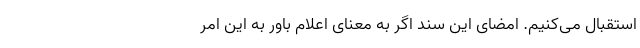
استقبال می‌کنیم. امضای این سند اگر به معنای اعلام باور به این امر